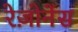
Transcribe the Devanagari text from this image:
रेज़ोनेंस